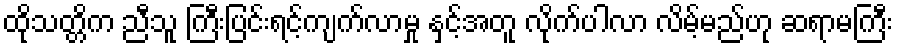
ထိုသတ္တိက ညီသူ ကြီးပြင်းရင့်ကျက်လာမှု နှင့်အတူ လိုက်ပါလာ လိမ့်မည်ဟု ဆရာမကြီး